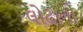
લોઢાનો